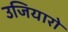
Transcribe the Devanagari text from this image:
उजियारो